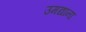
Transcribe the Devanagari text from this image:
उमद्यांना